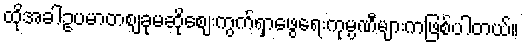
ထိုအခါဥပမာတစျခုမဆိုစျေးကွက်ရှာဖွေရေးကုမ္ပဏီများကဖြစ်ပါတယ်။